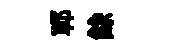
鄆餘